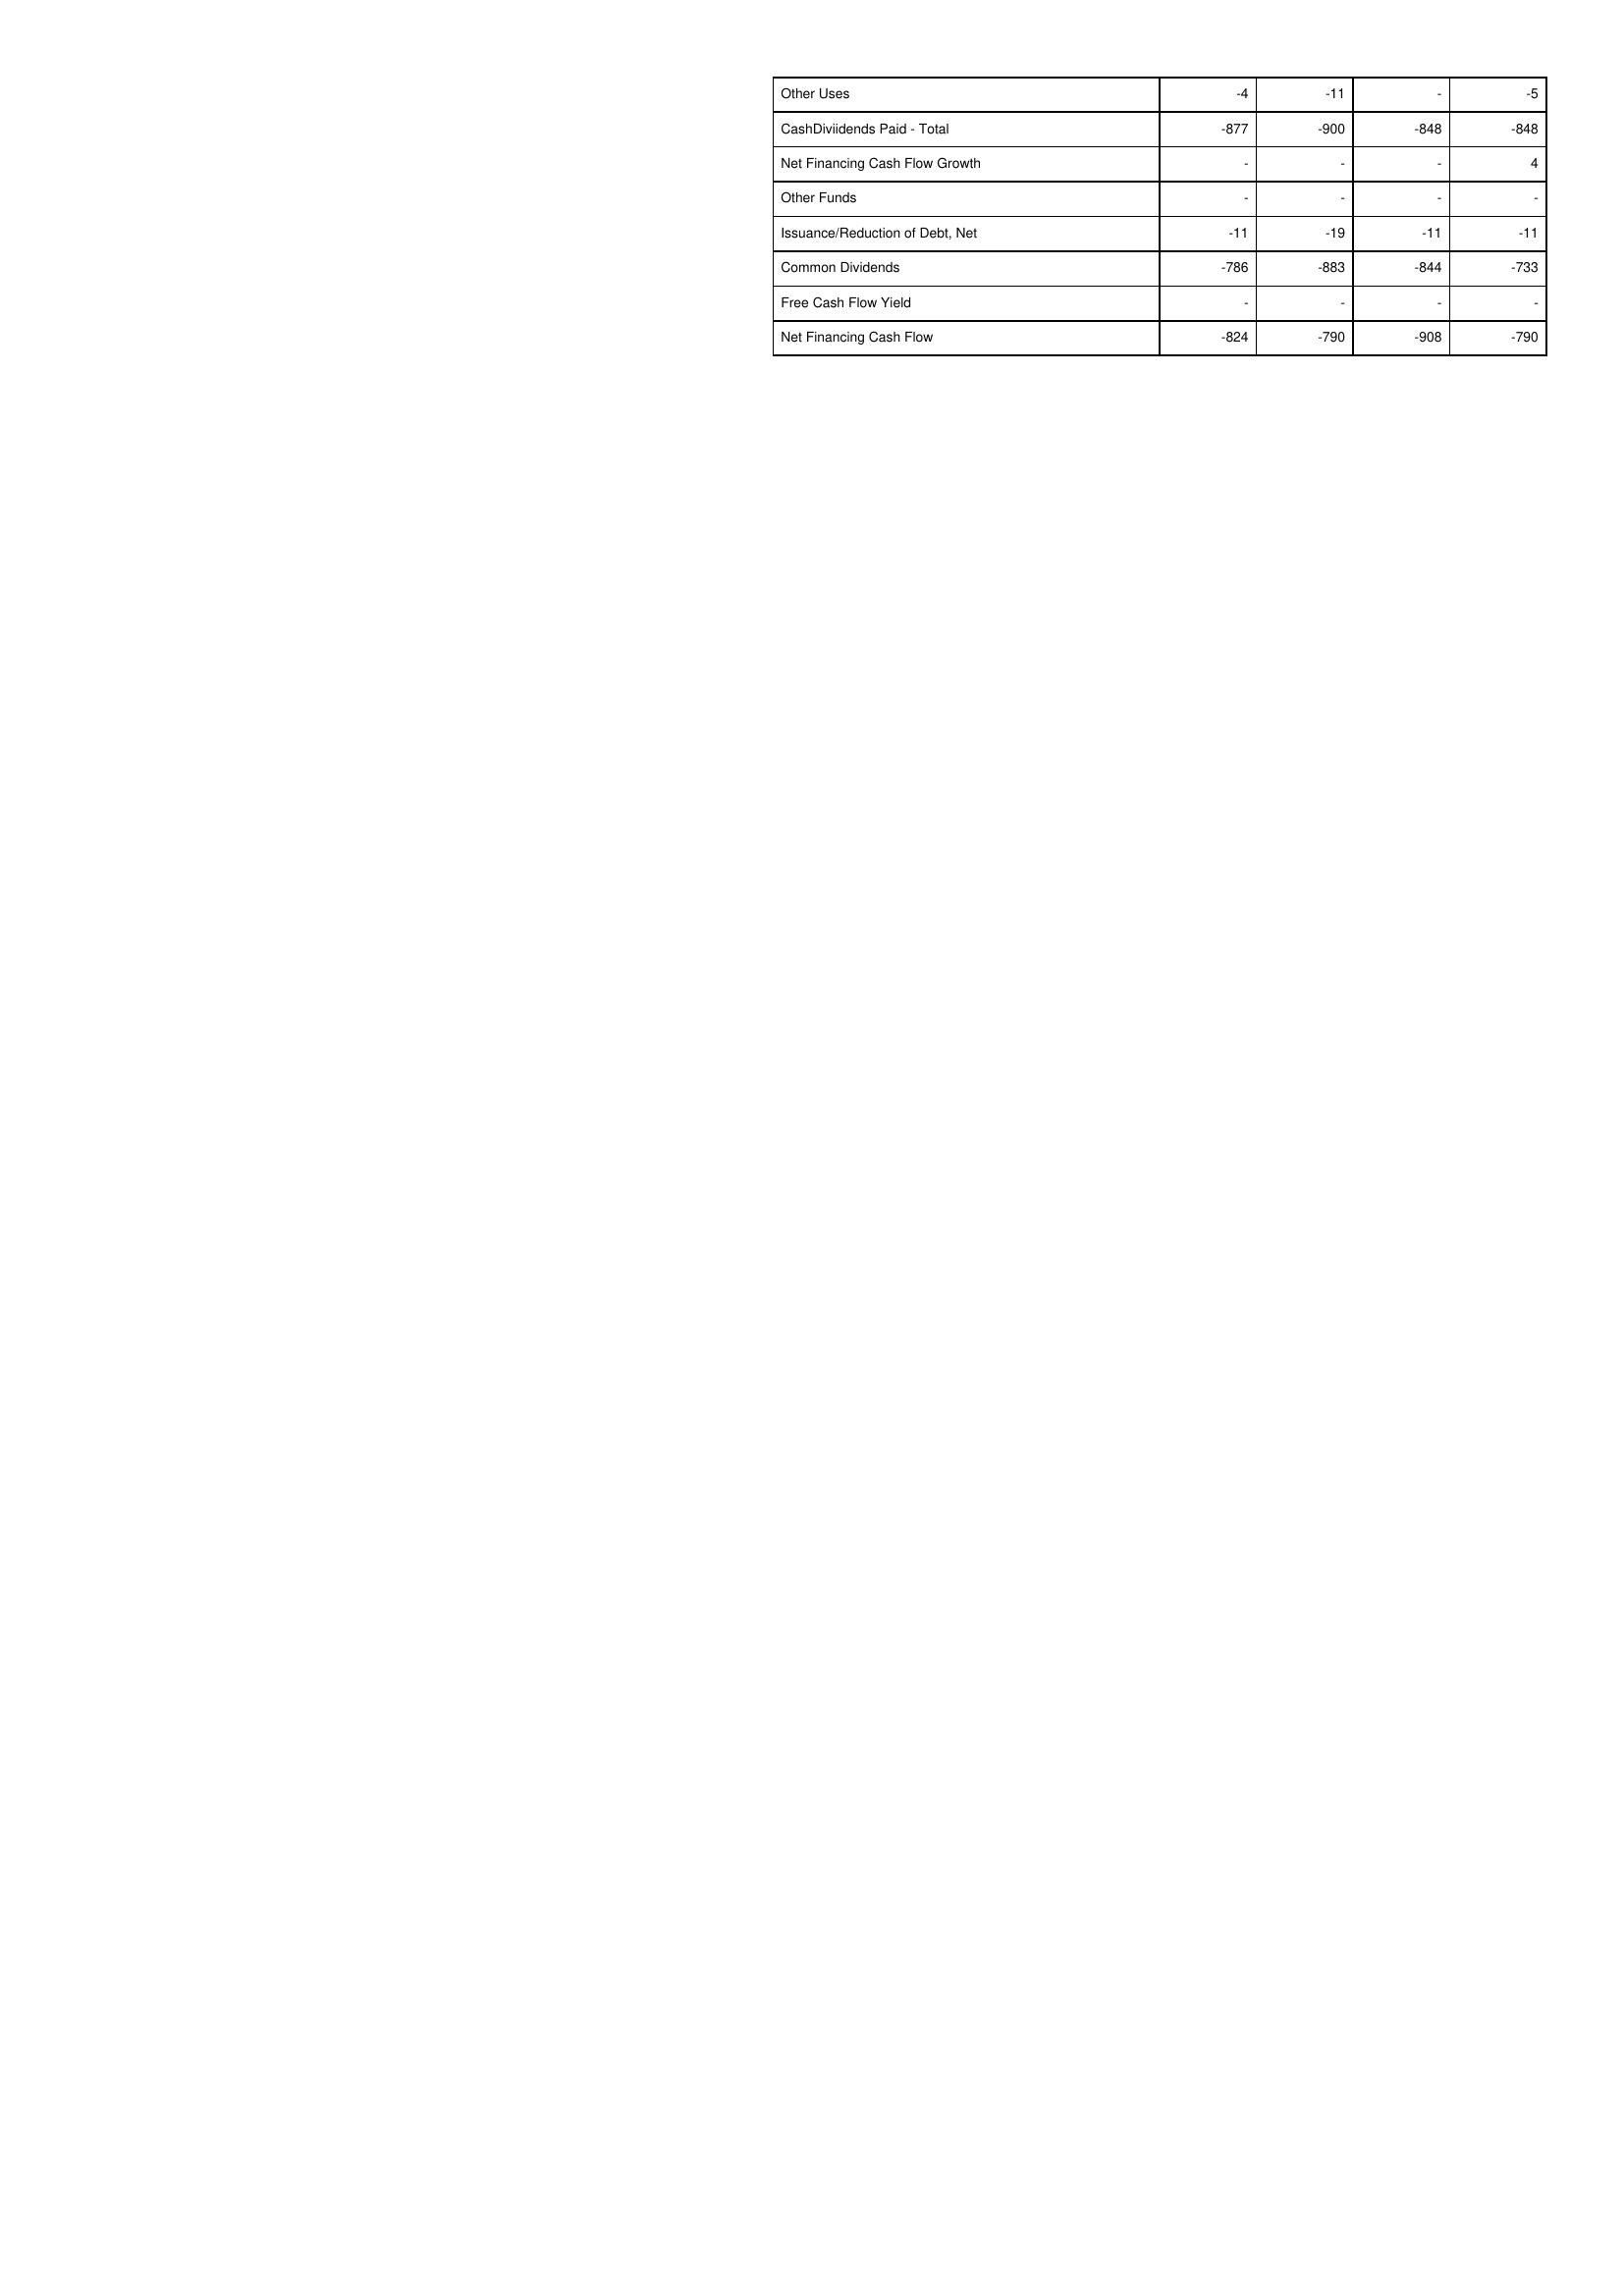
gt_parse: 2007: Financing Activities: Other Uses: -4
CashDiviidends Paid - Total: -877
Net Financing Cash Flow Growth: -
Other Funds: -
Issuance/Reduction of Debt, Net: -11
Common Dividends: -786
Free Cash Flow Yield: -
Net Financing Cash Flow: -824
2008: Financing Activities: Other Uses: -11
CashDiviidends Paid - Total: -900
Net Financing Cash Flow Growth: -
Other Funds: -
Issuance/Reduction of Debt, Net: -19
Common Dividends: -883
Free Cash Flow Yield: -
Net Financing Cash Flow: -790
2009: Financing Activities: Other Uses: -
CashDiviidends Paid - Total: -848
Net Financing Cash Flow Growth: -
Other Funds: -
Issuance/Reduction of Debt, Net: -11
Common Dividends: -844
Free Cash Flow Yield: -
Net Financing Cash Flow: -908
2010: Financing Activities: Other Uses: -5
CashDiviidends Paid - Total: -848
Net Financing Cash Flow Growth: 4
Other Funds: -
Issuance/Reduction of Debt, Net: -11
Common Dividends: -733
Free Cash Flow Yield: -
Net Financing Cash Flow: -790